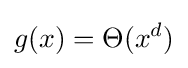
g(x)=\Theta (x^{d})